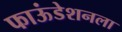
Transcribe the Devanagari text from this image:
फाऊंडेशनला